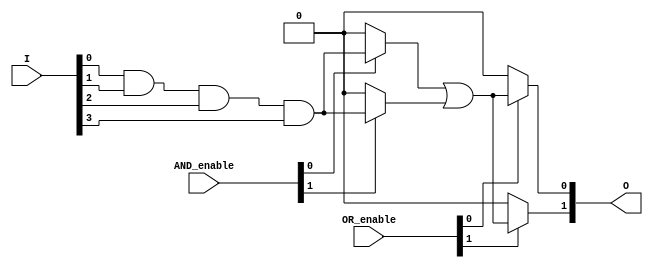
module GAL #(
    parameter NUM_INPUTS = 4,  // Number of input lines
    parameter NUM_OUTPUTS = 2,  // Number of output lines
    parameter NUM_AND_GATES = 4, // Number of AND gates
    parameter NUM_OR_GATES = 2    // Number of OR gates
)(
    input wire [NUM_INPUTS-1:0] I, // Input lines
    input wire [NUM_AND_GATES-1:0] AND_enable, // AND gate enable signals
    input wire [NUM_OR_GATES-1:0] OR_enable,   // OR gate enable signals
    output wire [NUM_OUTPUTS-1:0] O // Output lines
);

    // Internal wires for AND gate outputs
    wire [NUM_AND_GATES-1:0] AND_out;

    // AND gate implementation
    genvar i;
    generate
        for (i = 0; i < NUM_AND_GATES; i = i + 1) begin : and_gate
            assign AND_out[i] = AND_enable[i] ? (I[0] & I[1] & I[2] & I[3]) : 1'b0; // Example AND function
        end
    endgenerate

    // Internal wires for OR gate outputs
    wire [NUM_OR_GATES-1:0] OR_out;

    // OR gate implementation
    generate
        for (i = 0; i < NUM_OR_GATES; i = i + 1) begin : or_gate
            assign OR_out[i] = OR_enable[i] ? (AND_out[0] | AND_out[1]) : 1'b0; // Example OR function
        end
    endgenerate

    // Final outputs
    assign O[0] = OR_out[0]; // Connect OR gate output to final output
    assign O[1] = OR_out[1]; // Connect OR gate output to final output

endmodule